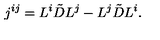
j ^ { i j } = L ^ { i } \tilde { D } L ^ { j } - L ^ { j } \tilde { D } L ^ { i } .